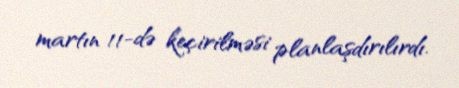
martın 11-də keçirilməsi planlaşdırılırdı.